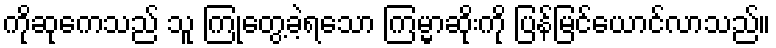
ကိုဆုကေသည် သူ ကြုံတွေ့ခဲ့ရသော ကြမ္မာဆိုးကို ပြန်မြင်ယောင်လာသည်။